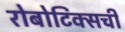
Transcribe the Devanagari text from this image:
रोबोटिक्सची